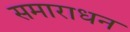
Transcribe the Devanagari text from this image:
समाराधन